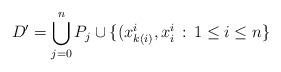
LaTeX: \begin{align*}D' = \bigcup_{j=0}^n P_j \cup \{ (x^i_{k(i)}, x^i_i \,: \, 1 \leq i \leq n \}\end{align*}